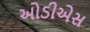
ઓડીએસ